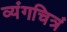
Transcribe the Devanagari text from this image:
व्यंगचित्रं